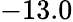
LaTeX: -13.0